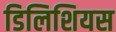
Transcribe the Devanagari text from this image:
डिलिशियस